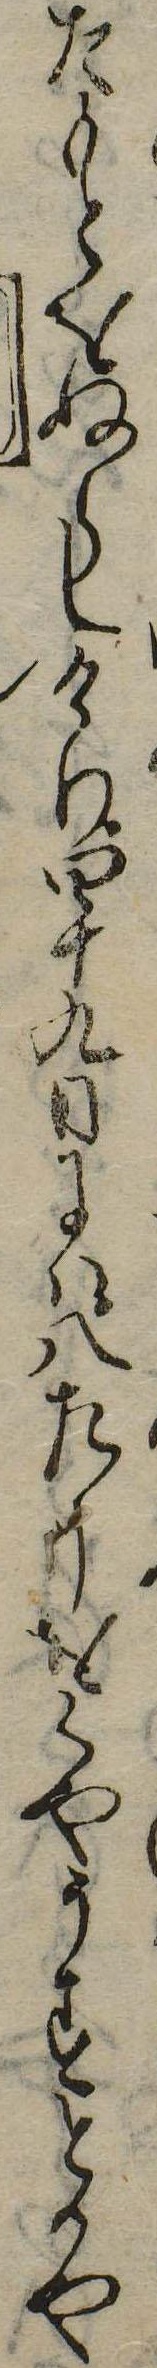
たもとをぬらしけり四十九日には八たうをくやうすとかや